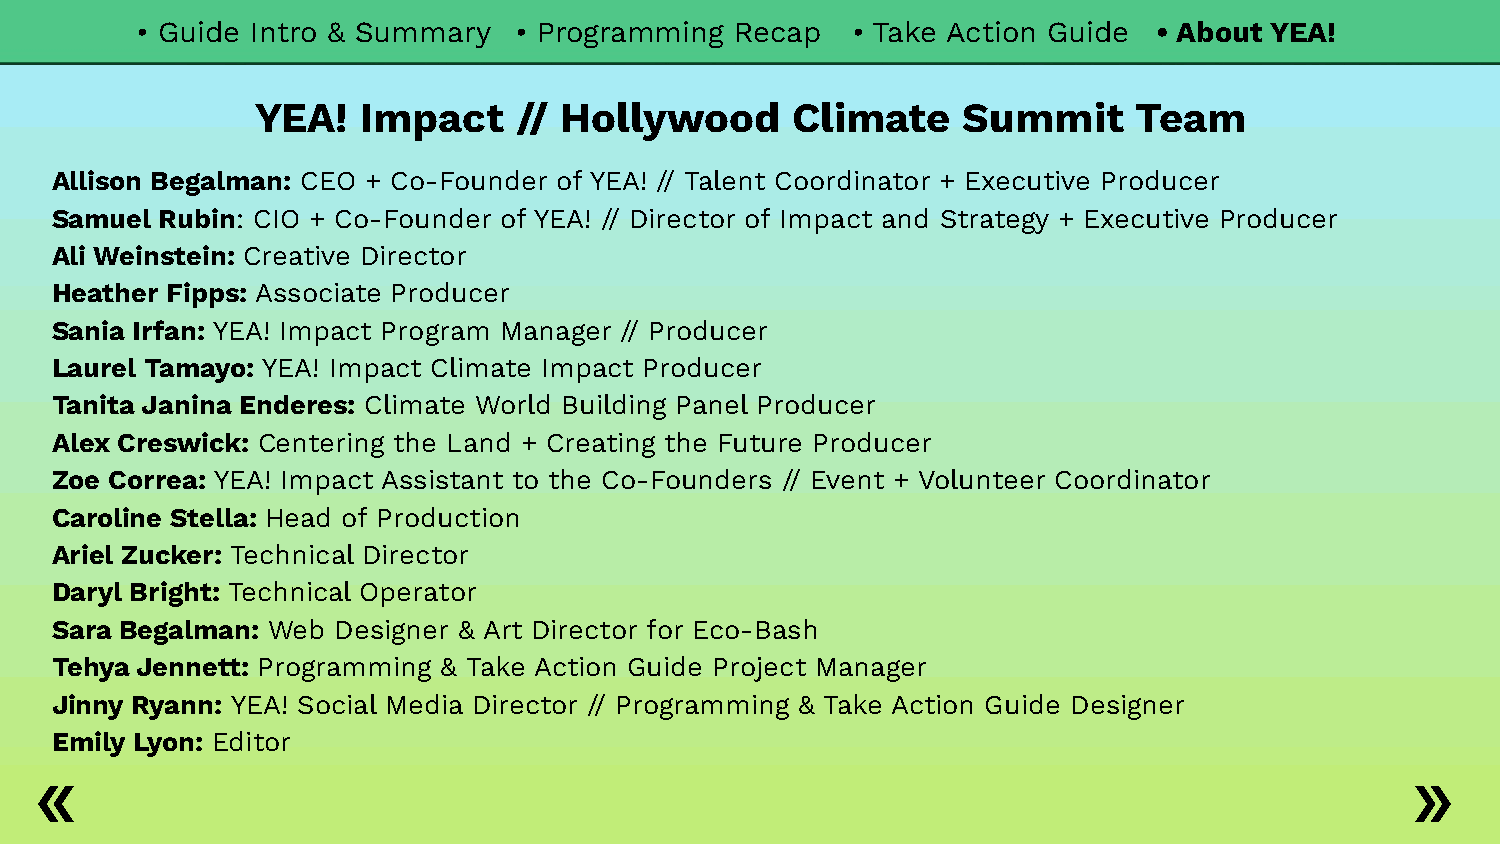
• Guide Intro & Summary  • Programming  Recap  • Take Action Guide  • About YEA!
 YEA!   Impact    // Hollywood      Climate     Summit     Team
 Allison Begalman: CEO + Co-Founder of YEA! // Talent Coordinator + Executive Producer
 Samuel  Rubin: CIO + Co-Founder of YEA! // Director of Impact and Strategy + Executive Producer
 Ali Weinstein: Creative Director
 Heather Fipps: Associate Producer
 Sania Irfan: YEA! Impact Program Manager // Producer
 Laurel Tamayo: YEA! Impact Climate Impact Producer
 Tanita Janina Enderes: Climate World Building Panel Producer
 Alex Creswick: Centering the Land + Creating the Future Producer
 Zoe Correa: YEA! Impact Assistant to the Co-Founders // Event + Volunteer Coordinator
 Caroline Stella: Head of Production
 Ariel Zucker: Technical Director
 Daryl Bright: Technical Operator
 Sara Begalman: Web Designer & Art Director for Eco-Bash
 Tehya Jennett: Programming & Take Action Guide Project Manager
 Jinny Ryann: YEA! Social Media Director // Programming & Take Action Guide Designer
 Emily Lyon: Editor